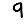
Digit: 9